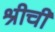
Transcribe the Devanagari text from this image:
श्रीची